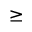
\geq